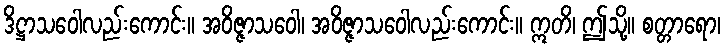
ဒိဋ္ဌာသဝေါလည်းကောင်း။ အဝိဇ္ဇာသဝေါ၊ အဝိဇ္ဇာသဝေါလည်းကောင်း။ ဣတိ၊ ဤသို့။ စတ္တာရော၊